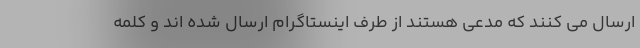
ارسال می کنند که مدعی هستند از طرف اینستاگرام ارسال شده اند و کلمه